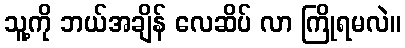
သူ့ကို ဘယ်အချိန် လေဆိပ် လာ ကြိုရမလဲ။